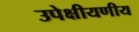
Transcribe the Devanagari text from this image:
उपेक्षीयणीय